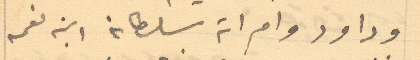
وداود وامراته سلطانه ابنه نعمه